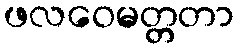
ဖလဝေမတ္တတာ